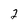
Character: 2